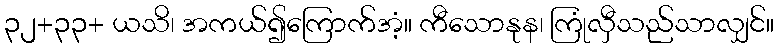
၃၂+၃၃+ ယသိ၊ အကယ်၍ကြောက်အံ့။ ကီသောနုန၊ ကြုံလှီသည်သာလျှင်။